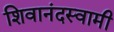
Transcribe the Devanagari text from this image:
शिवानंदस्वामी